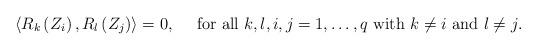
LaTeX: \begin{align*} \left< R_{k}\left(Z_{i}\right),\displaystyle R_{l}\left(Z_{j}\right)\right>= 0,\quad\mbox{ for all $k,l,i,j=1,\dots,q$ with $k\neq i$ and $l\neq j$.}\end{align*}